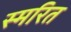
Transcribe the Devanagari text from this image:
स्मरित